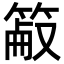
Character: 䈛